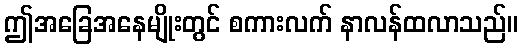
ဤအခြေအနေမျိုးတွင် စကားလက် နာလန်ထလာသည်။